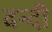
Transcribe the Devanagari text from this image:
दन्दी